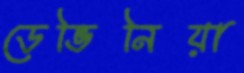
ডেভিনিয়া